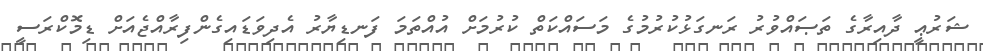
ޝަރުޢީ ދާއިރާގެ ތަޞައްވުރު ރަނގަޅުކުރުމުގެ މަސައްކަތް ކުރުމަށް އުއްތަމަ ފަނޑިޔާރު އެދިވަޑައިގެންފިރާއްޖެއަށް ޑިމޮކްރަސީ